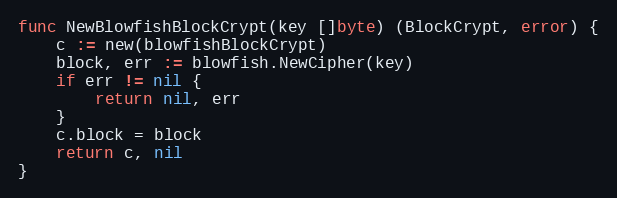
Language: Go
func NewBlowfishBlockCrypt(key []byte) (BlockCrypt, error) {
	c := new(blowfishBlockCrypt)
	block, err := blowfish.NewCipher(key)
	if err != nil {
		return nil, err
	}
	c.block = block
	return c, nil
}